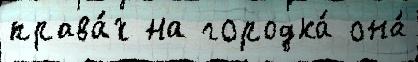
права́х на городка́ она́